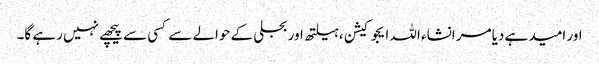
اور امید ہے دیامر انشاء اللہ ایجوکیشن ،ہیلتھ اور بجلی کے حوالے سے کسی سے پیچھے نہیں رہے گا۔